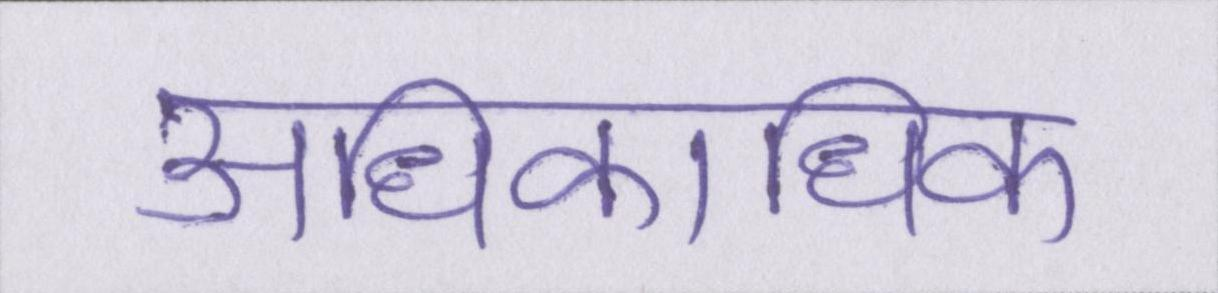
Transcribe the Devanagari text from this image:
अधिकाधिक